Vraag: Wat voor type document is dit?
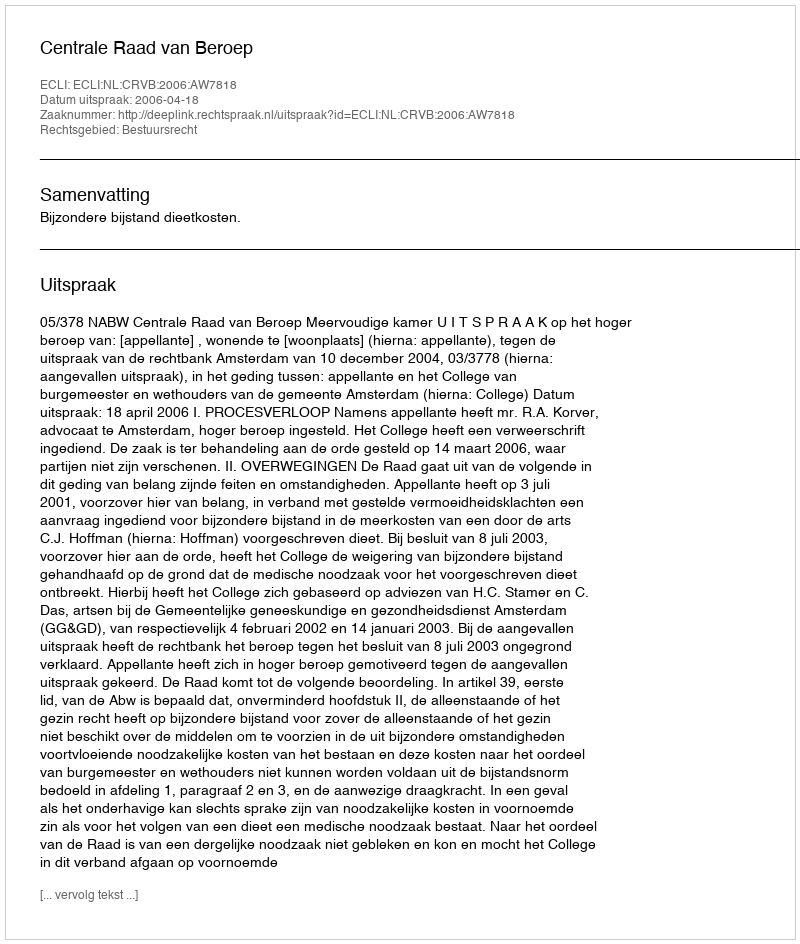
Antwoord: Uitspraak